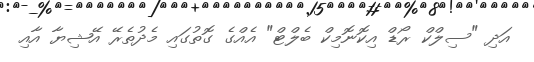
އަދި "ސިލްކް ރޯޑް އިކޮނޮމިކް ބެލްޓް" އެއްގެ ގޮތުގައި މެދުތެރޭ އޭޝިޔާ އާއި